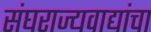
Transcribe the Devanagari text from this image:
संघराज्यवाद्यांचा